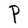
Character: P